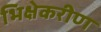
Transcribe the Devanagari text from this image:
भिक्षेकरीण